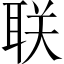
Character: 联